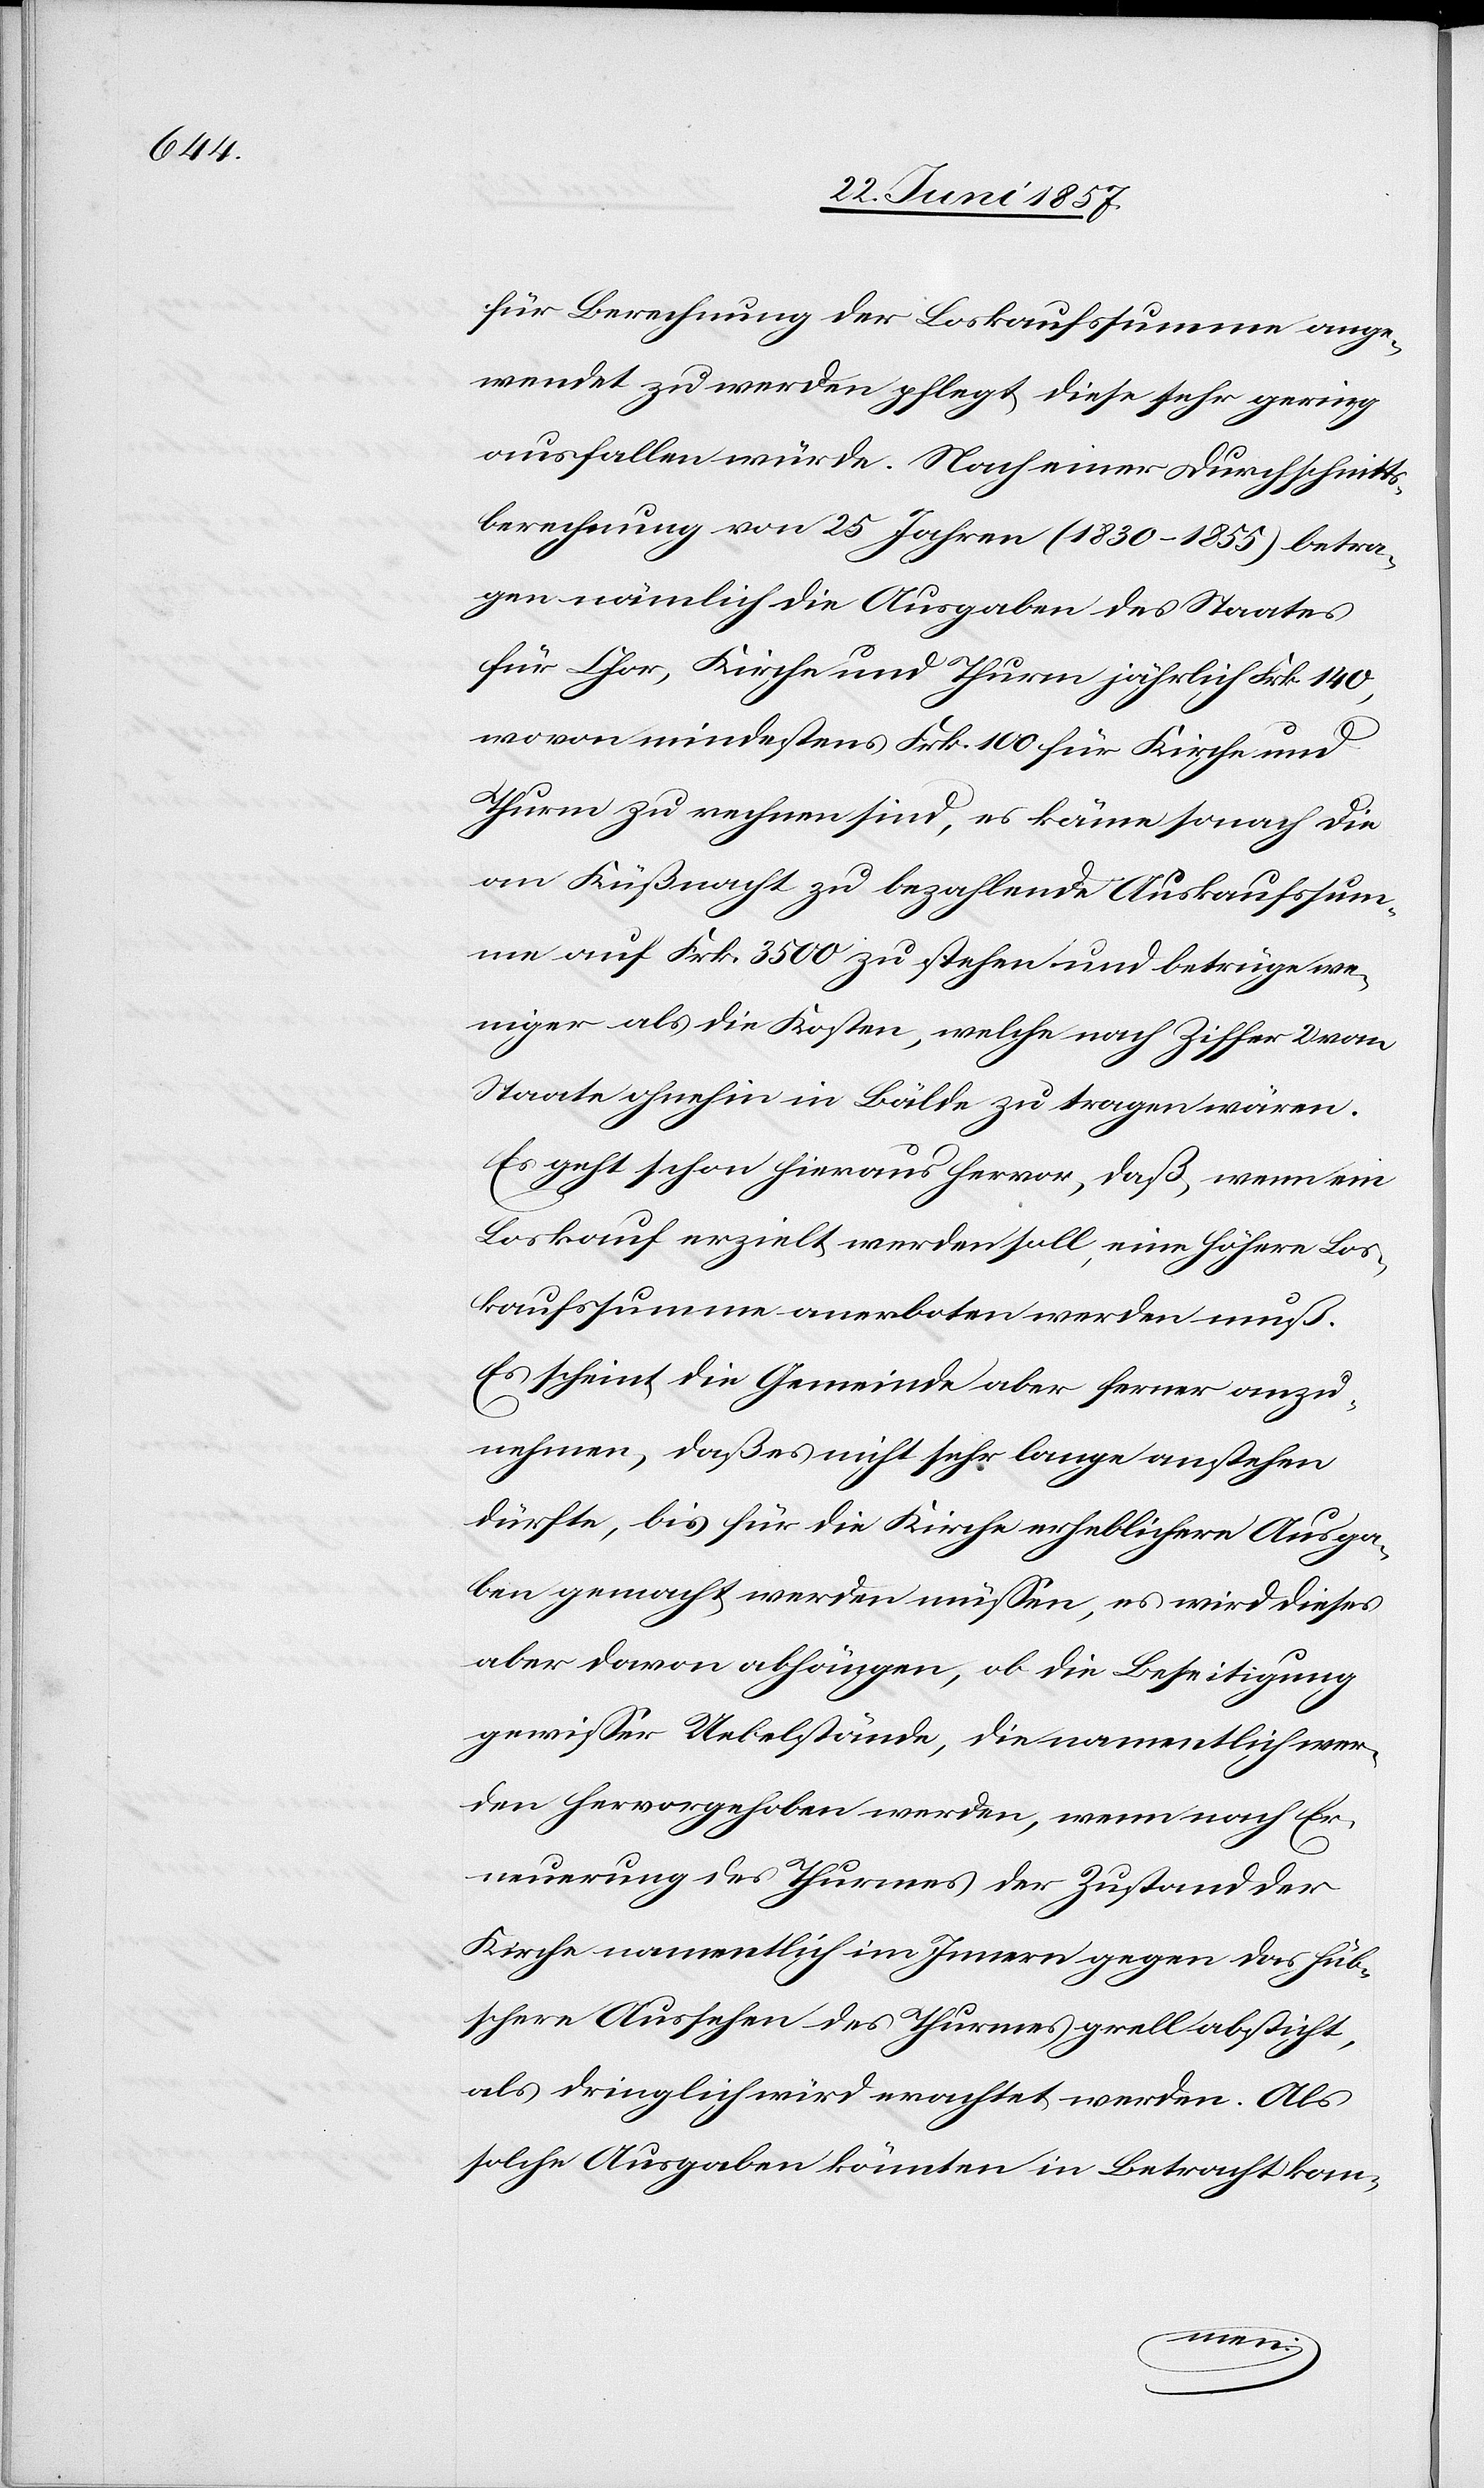
für Berechnung der Loskaufssummen ange¬
wendet zu werden pflegt, diese sehr gering
ausfallen würde. Nach einer Durchschnitts¬
berechnung von 25 Jahren (1830–1855) betra¬
gen nämlich die Ausgaben des Staates
für Chor, Kirche und Thurm jährlich Frk. 140,
wovon mindestens Frk. 100 für Kirche und
Thurm zu nehmen sind, es käme sonach die
an Küßnacht zu bezahlende Auskaufssum¬
me auf Frk. 3 500 zu stehen und betrüge we¬
niger als die Kosten, welche nach Ziffer 2 vom
Staate ohnehin in Bälde zu tragen wären.
Es geht schon hieraus hervor, daß, wenn ein
Loskauf erzielt werden soll, eine höhere Los¬
kaufssumme anerboten werden muß.
Es scheint die Gemeinde aber ferner anzu¬
nehmen, daß es nicht sehr lange anstehen
dürfte, bis für die Kirche erheblichere Ausga¬
ben gemacht werden müssen, es wird dieses
aber davon abhängen, ob die Beseitigung
gewisser Uebelstände, die namentlich wer¬
den hervorgehoben werden, wenn nach Er¬
neuerung des Thurmes der Zustand der
Kirche namentlich im Innern gegen das hüb¬
schere Aussehen des Thurmes grell absticht,
als dringlich würd erachtet werden. Als
solche Ausgaben könnten in Betracht kom-